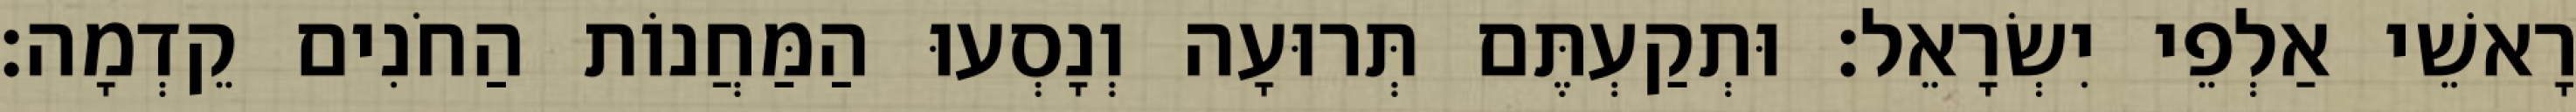
רָאשֵׁי אַלְפֵי יִשְׂרָאֵל׃ וּתְקַעְתֶּם תְּרוּעָה וְנָסְעוּ הַמַּחֲנוֹת הַחֹנִים קֵדְמָה׃